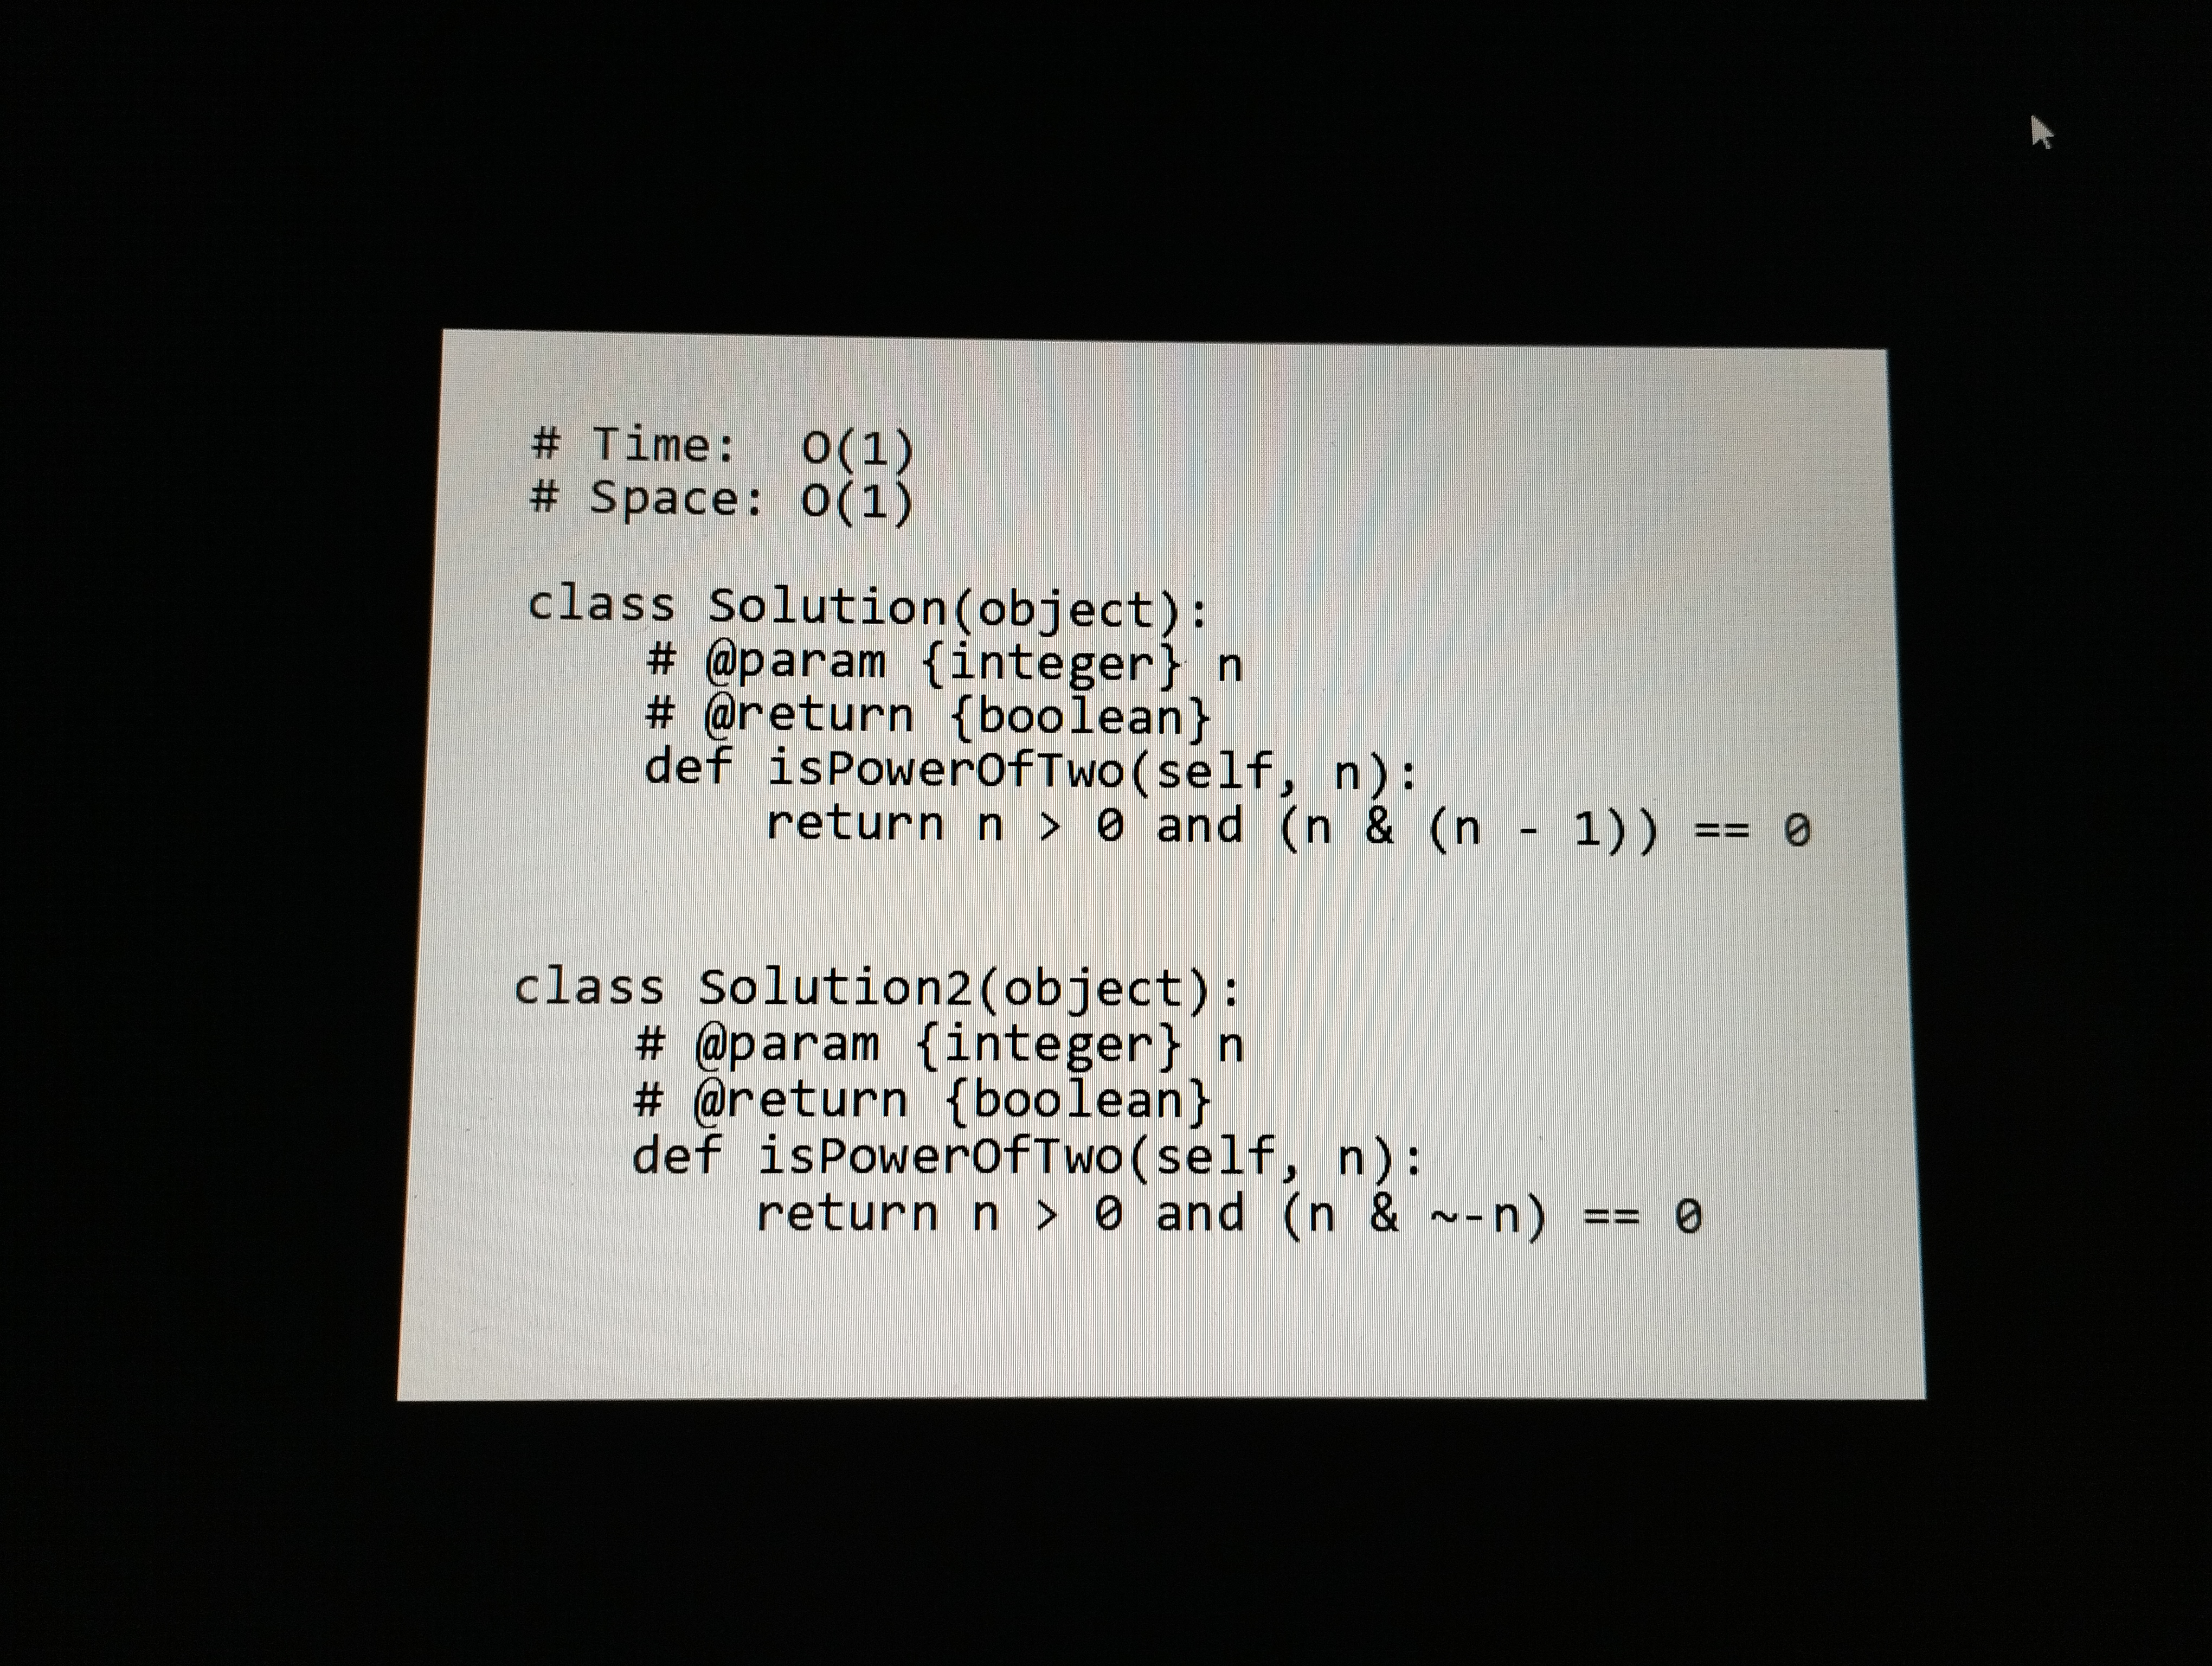
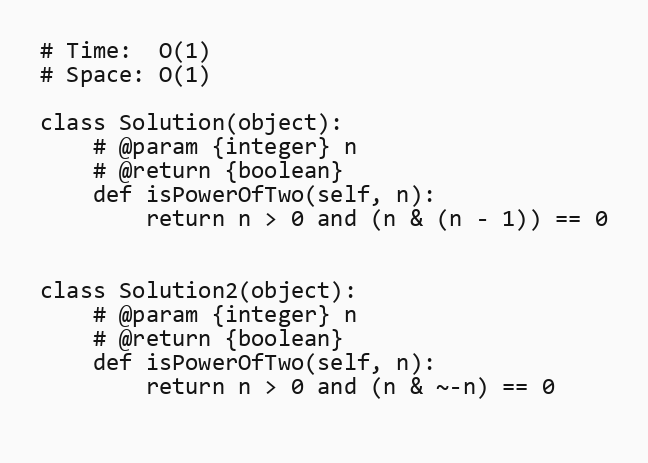
# Time:  O(1)
# Space: O(1)

class Solution(object):
    # @param {integer} n
    # @return {boolean}
    def isPowerOfTwo(self, n):
        return n > 0 and (n & (n - 1)) == 0

class Solution2(object):
    # @param {integer} n
    # @return {boolean}
    def isPowerOfTwo(self, n):
        return n > 0 and (n & ~-n) == 0